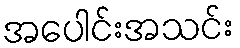
အပေါင်းအသင်း